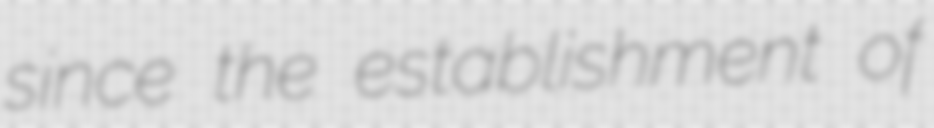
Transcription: since the establishment of